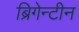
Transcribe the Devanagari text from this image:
ब्रिगेन्टीन